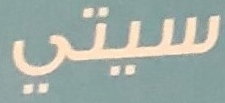
سيتي